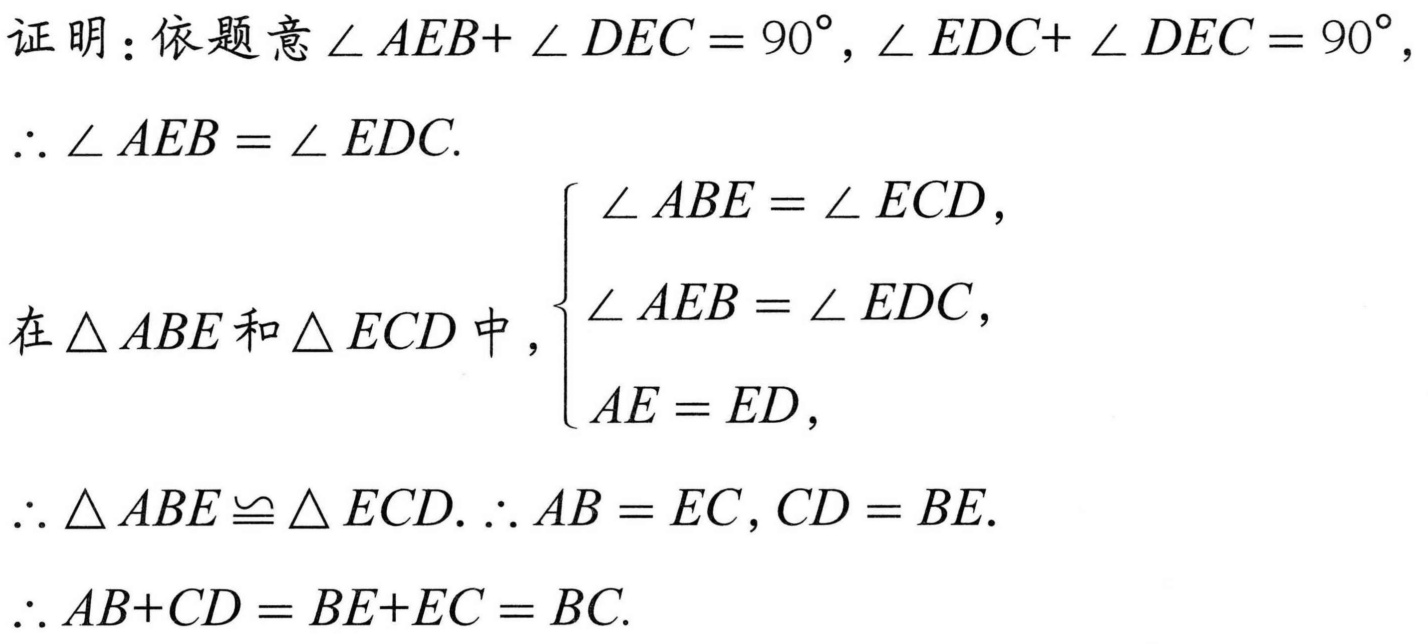
证明：依题意\(\angle AEB + \angle DEC = 90^{\circ}, \angle EDC + \angle DEC = 90^{\circ}\)，
\(\therefore \angle AEB = \angle EDC\).
在\(\triangle ABE\)和\(\triangle ECD\)中，\(\begin{cases}
\angle ABE = \angle ECD, \\
\angle AEB = \angle EDC, \\
AE = ED,
\end{cases}\)
\(\therefore \triangle ABE \cong \triangle ECD. \therefore AB = EC, CD = BE\).
\(\therefore AB + CD = BE + EC = BC\).